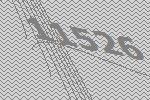
11526